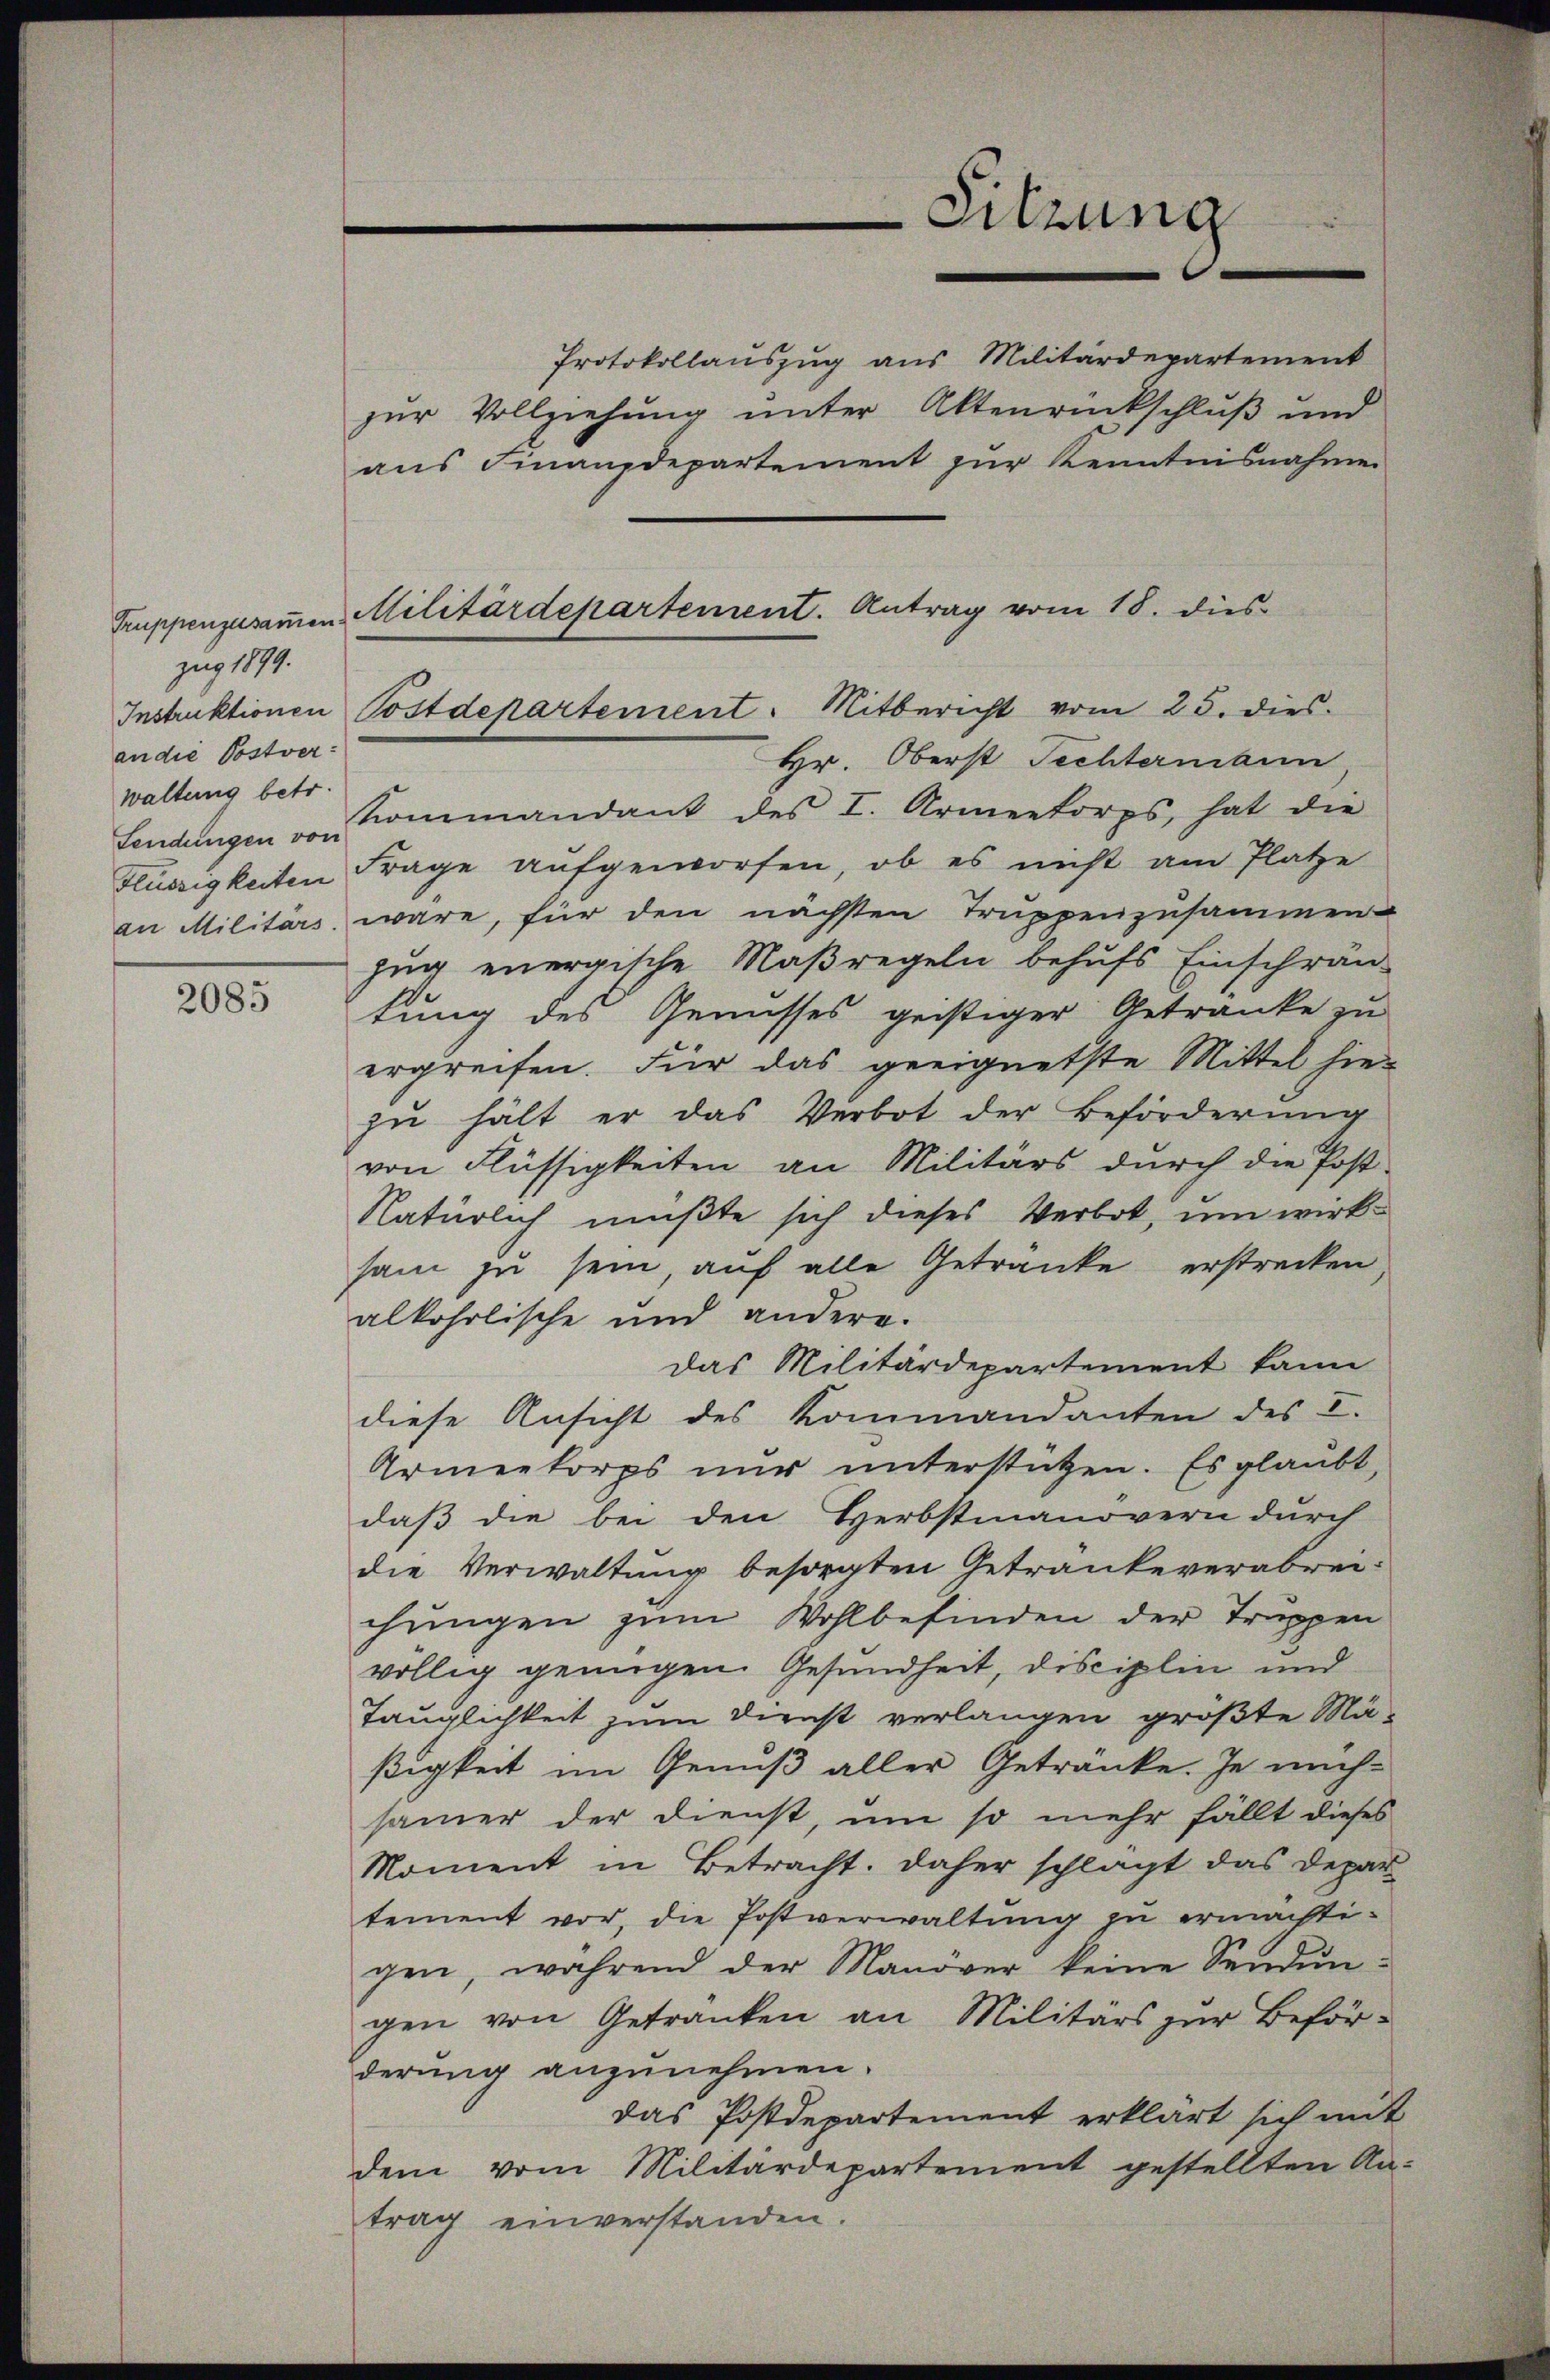
zug 1899.
an die Postver
waltung betr.

2085

Protokollauszug aus Militärdepartement
zur Vollziehung unter Aktenrückschluß und
aŭs Finanzdepartement zŭr Kenntnisnahme
Hr. Oberst Fechtermann
Sendungen von Kommandant des I. Armeekorps, hat die
Flüssigkeiten Frage aufgeworfen, ob es nicht am Platze
an Militärs wäre, für den nächsten Truppenzusammen-
zug energische Maßregeln behufs Einschrän-
kung des Genisses geistiger Getranke zu
ergreifen. Für das geeignetste Mittel hier
zŭ hält er das Verbot der Beförderŭng
von Flüssigkeiten an Militärs durch die Post-
Natürlich mußte sich dieses Verbot, um wirksam zu sein, auf alle Getränke erstrecken
alkoholische und andere.
das Militärdepartement kann
diese Ansicht des Kommandanten des I.
Armeekorps nŭr ŭnterstützen. Es glaubt,
daß die bei den Herbstmanovern durch
die Verwaltung besorgten Getranke verabreichungen zum Wohlbefinden der Truppen
völlig genügen. Gesundheit, disciplin und
Tauglichkeit zum Dienst verlangen größte Mä-
ßigkeit im Genuß aller Getränke. Je nachsamer der Dienst, um so mehr fällt dieses
Moment in Betracht. Daher schlägt das Depar
tement vor, die Postverwaltung zu ermächtigen, während der Manöver keine Sendŭn-
gen von Getranken an Militärs zur Beförderung anzunehmen.
das Postdepartement erklärt sich mit
dem vom Militärdepartement gestellten An-
trag einverstanden.

Truppenzusammen Militärdepartement. Antrag vom 18. dies
Instruktionen Postdepartement. Mitbericht vom 25. dies

Sitzung